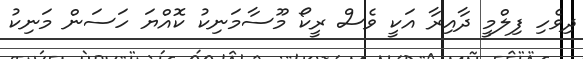
ދިވެހި ފިލްމީ ދާއިރާ އަކީ ވެސް ރީކޯ މޫސާމަނިކު ކޮއްޔަ ހަސަން މަނިކު